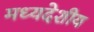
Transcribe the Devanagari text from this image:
मध्‍यदेशीय